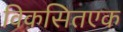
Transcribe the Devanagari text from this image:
विकसितएक